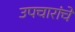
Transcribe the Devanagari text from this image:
उपचारांचे